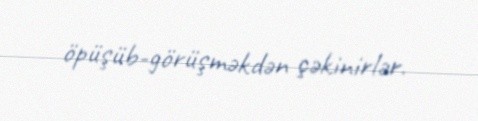
öpüşüb-görüşməkdən çəkinirlər.